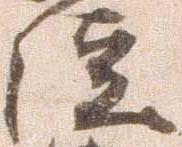
徒